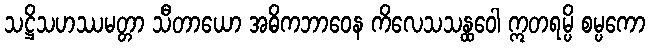
သဋ္ဌိသဟဿမတ္တာ သီတာယော အဓိကဘာဝေန ကိလေသသန္ထဝေါ ဣတရမ္ပိ စမ္ပကော